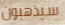
سيذهبون